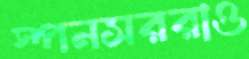
স্পনসররাও